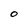
Character: 0